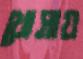
খোসায়